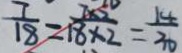
\frac { 7 } { 1 8 } = \frac { 7 \times 5 } { 1 8 \times 2 } = \frac { 1 4 } { 3 0 }